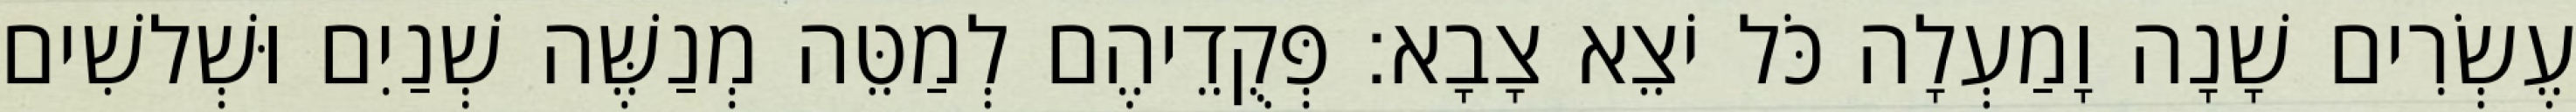
עֶשְׂרִים שָׁנָה וָמַעְלָה כֹּל יֹצֵא צָבָא׃ פְּקֻדֵיהֶם לְמַטֵּה מְנַשֶּׁה שְׁנַיִם וּשְׁלשִׁים